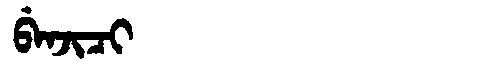
Manchu: ᠪᡝᠨᠵᡳᠴᡳ
Romanization: BENJICI